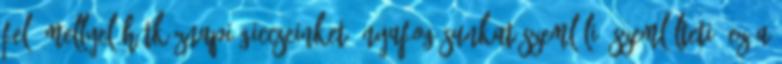
fel, mellyel hétköznapi giccseinket, nyafogásunkat szemléli, szemlélteti. Ez a